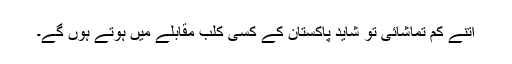
اتنے کم تماشائی تو شاید پاکستان کے کسی کلب مقابلے میں ہوتے ہوں گے۔